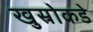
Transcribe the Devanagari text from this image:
खुस्रोकडे